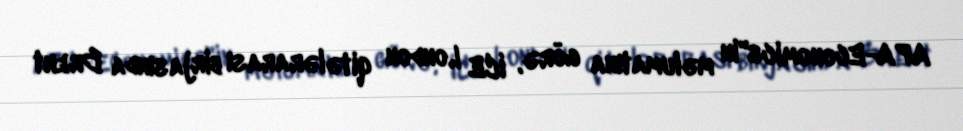
APA-Economics"in məlumatına görə, ICE London qitələrarası birjasında Brent